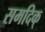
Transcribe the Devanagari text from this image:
समदिक्‌